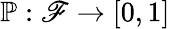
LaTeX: \mathbb{P}:\mathscr{F}\rightarrow[0,1]